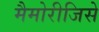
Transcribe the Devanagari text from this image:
मैमोरीजिसे